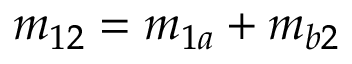
m _ { 1 2 } = m _ { 1 a } + m _ { b 2 }